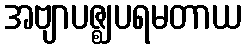
အဗျာပဇ္ဈပရမတာယ